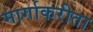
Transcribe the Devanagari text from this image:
मार्गाकरीता